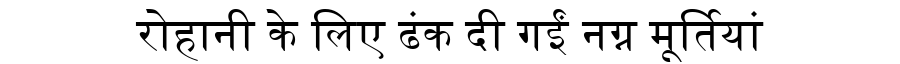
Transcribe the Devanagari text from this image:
रोहानी के लिए ढंक दी गईं नग्न मूर्तियां